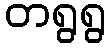
တရွရွ